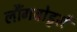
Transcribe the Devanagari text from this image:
लौंगबोर्ड्स